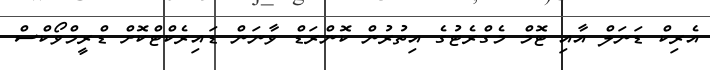
އެރިކް ޑަނަލް އާއި ޓޮމް މެގްރެޓުގެ އިތުރުން ކޮންރަޑް ވާނަން ޑައިރެކްޓްކޮށް ޑްރީމްވޯކްސް